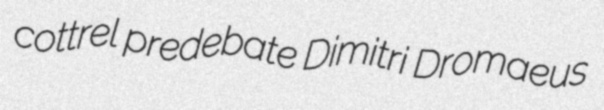
cottrel predebate Dimitri Dromaeus